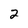
Character: 2